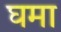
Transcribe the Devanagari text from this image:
घमा